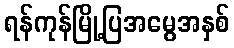
ရန်ကုန်မြို့ပြအမွေအနှစ်